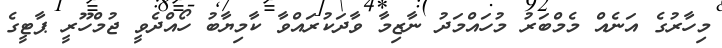
މިހާރުގެ އަނެއް މެމްބަރު މުހައްމަދު ނާޒިމާ ވާދަކުރައްވާ ކާމިޔާބު ހޯއްދެވީ ޖުމްހޫރީ ޕާޓީގެ